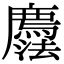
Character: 𢌇